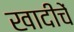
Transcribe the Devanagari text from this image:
खादीचें